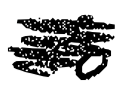
Text: is
Cross-out: scratch
Writing tool: digital_black